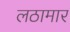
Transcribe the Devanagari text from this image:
लठामार